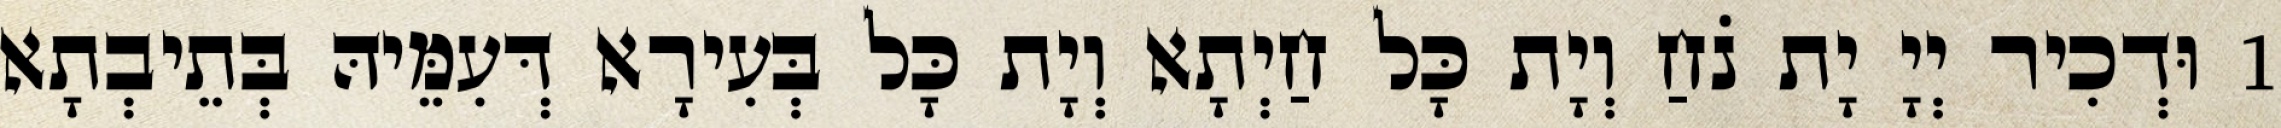
1 וּדְכִיר יְיָ יָת נֹחַ וְיָת כָּל חַיְתָא וְיָת כָּל בְּעִירָא דְּעִמֵּיהּ בְּתֵיבְתָא